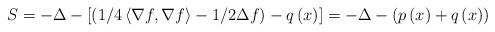
LaTeX: \begin{align*}\ S=-\Delta-\left[\left(1/4\left\langle \nabla f,\nabla f\right\rangle-1/2\Delta f\right)-q\left(x\right)\right]=-\Delta-\left(p\left(x\right)+q\left(x\right)\right)\end{align*}